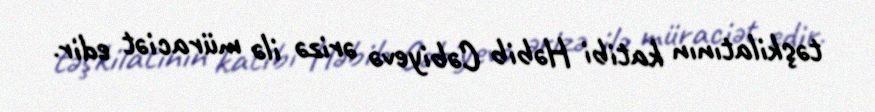
təşkilatının katibi Həbib Cəbiyevə ərizə ilə müraciət edir.